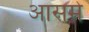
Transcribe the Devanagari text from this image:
आसमे